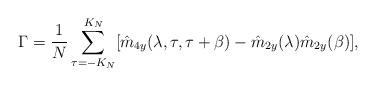
LaTeX: \begin{align*}\Gamma = \frac{1}{N}\sum_{\tau = -K_N}^{K_N}[\hat{m}_{4y}(\lambda,\tau,\tau+\beta) - \hat{m}_{2y}(\lambda)\hat{m}_{2y}(\beta)],\ \ \ \end{align*}